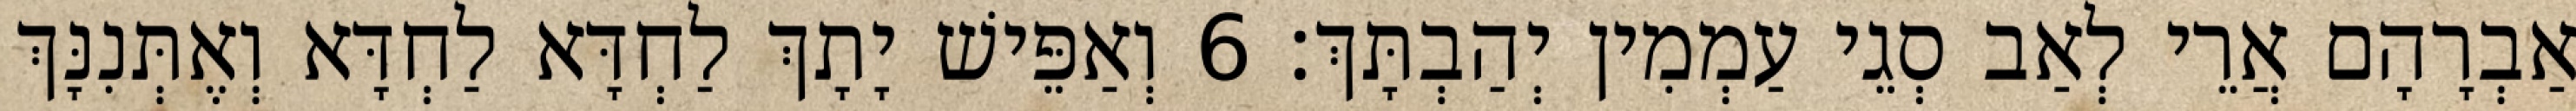
אַבְרָהָם אֲרֵי לְאַב סְגֵי עַמְמִין יְהַבְתָּךְ׃ 6 וְאַפֵּישׁ יָתָךְ לַחְדָּא לַחְדָּא וְאֶתְּנִנָּךְ